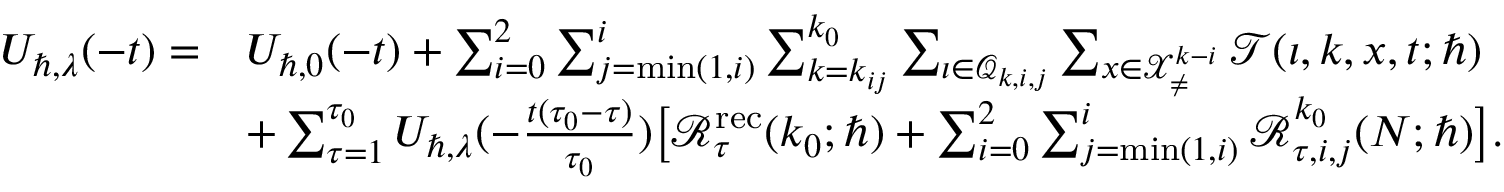
\begin{array} { r l } { U _ { \hbar , \lambda } ( - t ) = } & { U _ { \hbar , 0 } ( - t ) + \sum _ { i = 0 } ^ { 2 } \sum _ { j = \operatorname* { m i n } ( 1 , i ) } ^ { i } \sum _ { k = k _ { i j } } ^ { k _ { 0 } } \sum _ { \iota \in \mathcal { Q } _ { k , i , j } } \sum _ { \boldsymbol { x } \in \mathcal { X } _ { \neq } ^ { k - i } } \mathcal { T } ( \iota , k , \boldsymbol { x } , t ; \hbar ) } \\ & { + \sum _ { \tau = 1 } ^ { \tau _ { 0 } } U _ { \hbar , \lambda } ( - \frac { t ( \tau _ { 0 } - \tau ) } { \tau _ { 0 } } ) \big [ \mathcal { R } _ { \tau } ^ { \mathrm { r e c } } ( k _ { 0 } ; \hbar ) + \sum _ { i = 0 } ^ { 2 } \sum _ { j = \operatorname* { m i n } ( 1 , i ) } ^ { i } \mathcal { R } _ { \tau , i , j } ^ { k _ { 0 } } ( N ; \hbar ) \big ] . } \end{array}